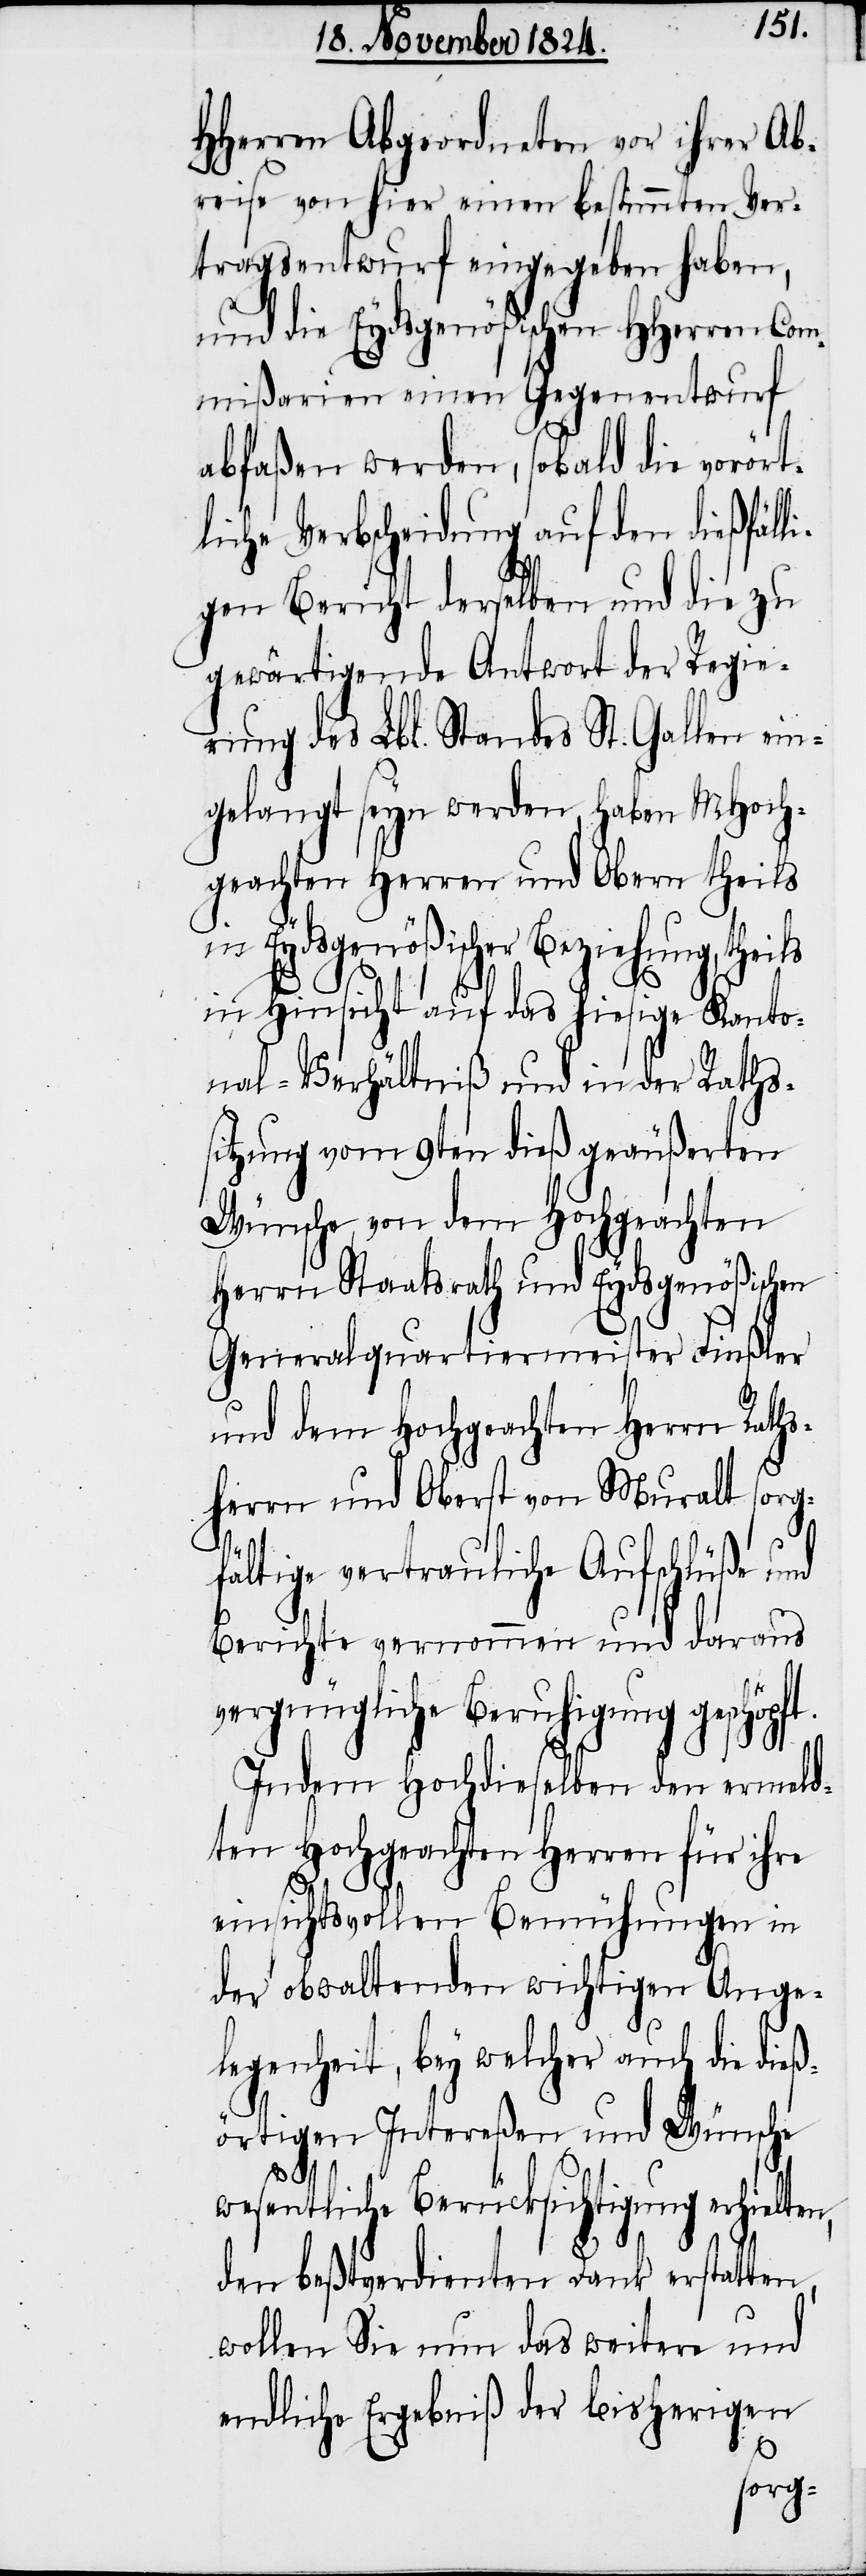
HHerren Abgeordneten vor ihrer Ab¬
reise von hier einen bestimmten Ver¬
tragsentwurf eingegeben haben,
und die Eydsgenößischen HHerren Com¬
mißarien einen Gegenentwurf
abfaßen werden, sobald die vorört¬
liche Verbscheidung auf den dießfälli¬
gen Bericht derselben und die zu
gewärtigende Antwort der Regie¬
rung des Lbl. Standes St. Gallen ein¬
gelangt seyn werden, haben MHoch¬
geachten Herren und Obern theils
in Eydsgenößischer Beziehung, thei¬
in Hinsicht auf das hiesige Kanto¬
nal-Verhältniß und in der Raths¬
sitzung vom 9ten dieß geäußerten
Wünsche, von dem Hochgeachten
Herrn Staatsrath und Eydsgenößischen
Generalquartiermeister Finßler
und dem Hochgeachten Herrn Raths¬
herrn und Oberst von Muralt sorg¬
fältige vertrauliche Aufschlüße und
Berichte vernommen und daraus
vergnügliche Beruhigung geschöpft.
Indem Hochdieselben den ermeld¬
ten Hochgeachten Herren für ihre
einsichtsvollen Bemühungen in
der obwaltenden wichtigen Ange¬
legenheit, bey welcher auch die die¬
ßörtigen Intereßen und Wünsche
lten,
wesentliche Berücksichtigung erhie¬
den beßtverdienten Dank erstatten,
wollen Sie nun das weitere und
endliche Ergebniß der bisherigen
ls